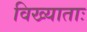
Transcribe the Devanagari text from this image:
विख्याताः